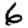
Digit: 6